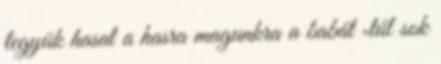
tegyük hasat a hasra magunkra a babát „túl sok